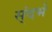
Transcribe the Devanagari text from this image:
स्ंदर्भ